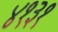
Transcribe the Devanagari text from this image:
४१३१